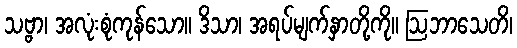
သဗ္ဗာ၊ အလုံးစုံကုန်သော။ ဒိသာ၊ အရပ်မျက်နှာတို့ကို။ ဩဘာသေတိ၊